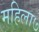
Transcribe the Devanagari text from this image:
महिला७